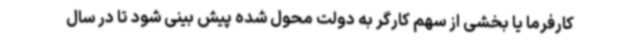
کارفرما یا بخشی از سهم کارگر به دولت محول شده پیش بینی شود تا در سال